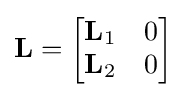
{\textstyle \mathbf {L} ={\begin{bmatrix}\mathbf {L} _{1}&0\\\mathbf {L} _{2}&0\end{bmatrix}}}